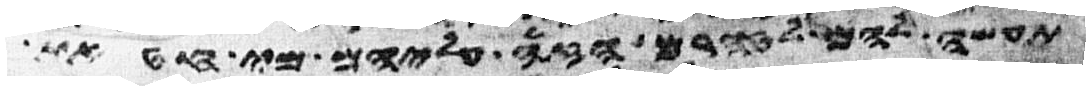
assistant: תעשה להם לטהרם הזי עליהם מי חטאת